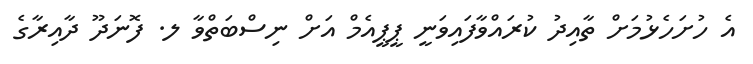
އެ ހުށަހެޅުމަށް ތާއިދު ކުރައްވާފައިވަނީ ޕީޕީއެމް އަށް ނިސްބަތްވާ ލ. ފޮނަދޫ ދާއިރާގެ